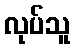
လုပ်သူ